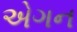
એગન